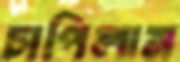
চাপিলাম